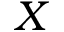
X